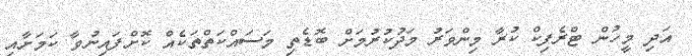
އަދި މީހުން ޓްރެފިކް ކުރާ މިންވަރު މަދުކުރުމަށް ބޮޑެތި މަސައްކަތްތަކެއް ކޮށްފައިނުވާ ކަމަށާއި